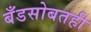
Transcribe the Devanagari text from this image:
बँडसोबतही